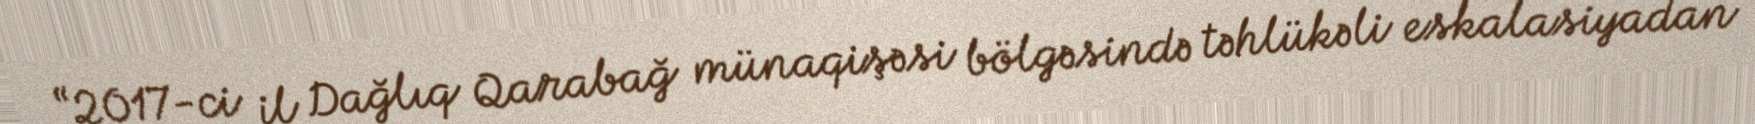
“2017-ci il Dağlıq Qarabağ münaqişəsi bölgəsində təhlükəli eskalasiyadan